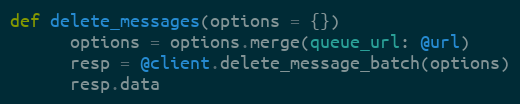
Language: Ruby
def delete_messages(options = {})
      options = options.merge(queue_url: @url)
      resp = @client.delete_message_batch(options)
      resp.data